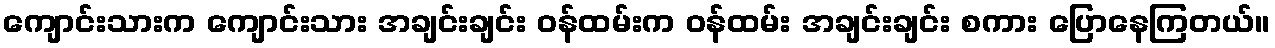
ကျောင်းသားက ကျောင်းသား အချင်းချင်း ဝန်ထမ်းက ဝန်ထမ်း အချင်းချင်း စကား ပြောနေကြတယ်။